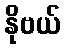
နိုဗယ်